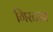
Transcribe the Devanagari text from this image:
गिरटाब